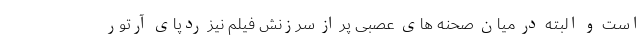
است و البته در میان صحنه های عصبی پر از سرزنش فیلم نیز ردپای آرتور